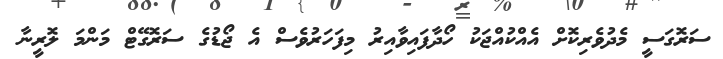
ސަރޮގަސީ މެދުވެރިކޮށް އެއްކުއްޖަކު ހޯދާފައިވާއިރު މިފަހަރުވެސް އެ ޖޯޑުގެ ސަރޮގޭޓް މަންމަ ލޮރީނާ